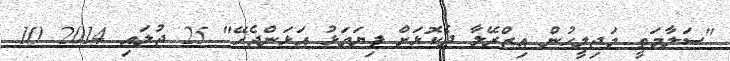
"ސަލާމަތީ މަޖިލީހުން އިޒްރޭލާ ދެކޮޅަށް ފިޔަވަޅު އަޅަންޖެހޭ" 25 ޖުލައި 2014 10